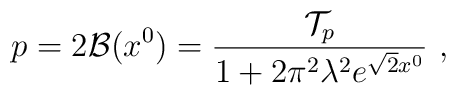
p=2{\cal B}(x^0) = {{\cal T}_p\over 1+ 2\pi^2\lambda^2 e^{\sqrt{2}x^0}}~,